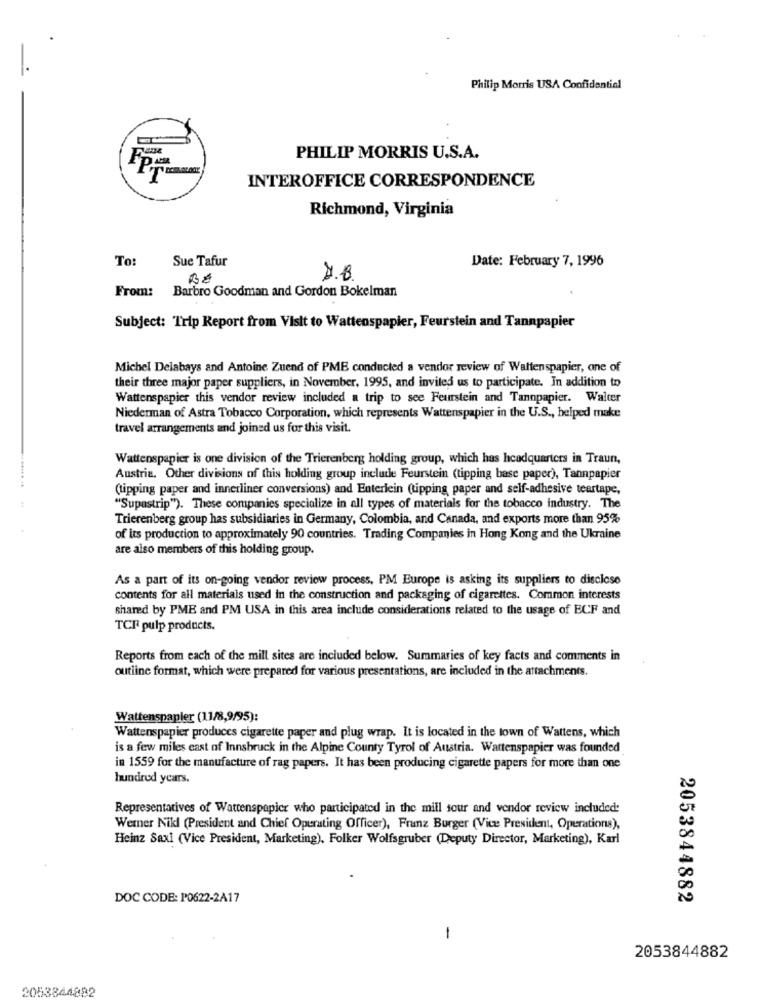
Philip Morris USA Confidential
PHILIP MORRIS U.S.A.
INTEROFFICE CORRESPONDENCE
Richmond, Virginia
To:
Sue Tafur
Date: February 7, 1996
From:
Barbro Goodman and Gordon Bokelman
r, Feurstein and Tannpapier
Subject: Trip Report from Visit to Watter
Michel Delabays and Antoine Zuend of PME conducted a vendor review of Waltenspapier, one of
their three major paper suppliers, in November, 1995, and invited us to participate. In addition to
Wattenspapier this vendor review included a trip to see Feurstein and Tannpapier. Walter
Niederman of Astra Tobacco Corporation, which represents Wattenspapier in the U.S ., helped make
travel arrangements and joined us for this visit.
Wattenspapier is one division of the Trierenberg holding group, which has headquarters in Traun,
Austria. Other divisions of this holding group include Feurstein (tipping base paper), Tannpapier
(tipping paper and innerliner conversions) and Enterlein (tipping paper and self-adhesive teartape,
"Supastrip"). These companies specialize in all types of materials for the tobacco industry. The
Trierenberg group has subsidiaries in Germany, Colombia, and Canada, and exports more than 95%
of its production to approximately 90 countries. Trading Companies in Hong Kong and the Ukraine
are also members of this holding group.
As a part of its on-going vendor review process, PM Europe is asking its suppliers to disclose
contents for all materials used in the construction and packaging of cigarettes. Common interests
shared by PME and PM USA in this area include considerations related to the usage of ECF and
TCP pulp products.
Reports from each of the mill sites are included below. Summaries of key facts and comments in
outline format, which were prepared for various presentations, are included in the attachments.
Wattenspapler (11/8,9/95):
Wattenspapier produces cigarette paper and plug wrap. It is located in the town of Wattens, which
is a few miles east of Innsbruck in the Alpine County Tyrol of Austria. Wattenspapier was founded
in 1559 for the manufacture of rag papers. It has been producing cigarette papers for more than one
hundred years.
Representatives of Wattenspapier who participated in the mill sour and vendor review included:
Werner Nikl (President and Chief Operating Officer), Franz Burger (Vice President, Operations),
Heinz Saxl (Vice President, Marketing), Folker Wolfsgruber (Deputy Director, Marketing), Karl
DOC CODE: P0622-2A17
2053844882
-
2053844882
2053844882